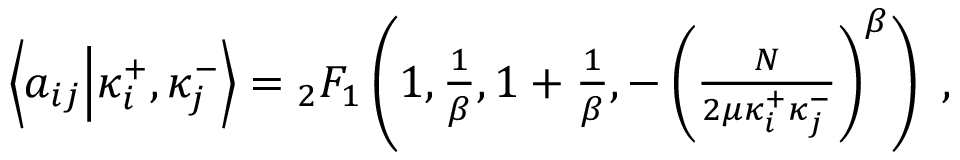
\begin{array} { r } { \left\langle a _ { i j } \middle | \kappa _ { i } ^ { + } , \kappa _ { j } ^ { - } \right\rangle = { } _ { 2 } F _ { 1 } \left( 1 , \frac { 1 } { \beta } , 1 + \frac { 1 } { \beta } , - \left( \frac { N } { 2 \mu \kappa _ { i } ^ { + } \kappa _ { j } ^ { - } } \right) ^ { \beta } \right) \ , } \end{array}